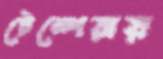
টেম্পেরায়